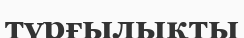
түрғылықты